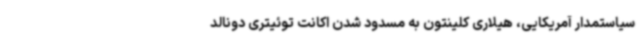
سیاستمدار آمریکایی، هیلاری کلینتون به مسدود شدن اکانت توئیتری دونالد